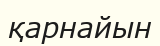
қарнайын